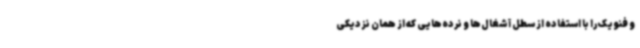
و فنویک را با استفاده از سطل آشغال‌ها و نرده‌هایی که از همان نزدیکی